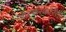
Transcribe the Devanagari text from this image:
ऑस्करकरिता